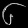
Digit: ၆